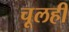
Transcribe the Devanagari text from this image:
चूलही